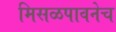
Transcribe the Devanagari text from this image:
मिसळपावनेच